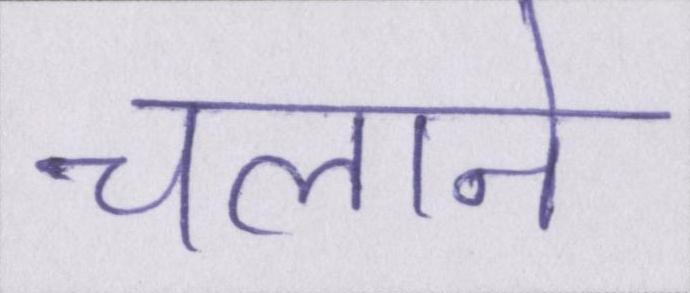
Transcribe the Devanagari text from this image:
चलाने